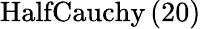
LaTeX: \mathrm{HalfCauchy}\left(20\right)